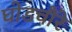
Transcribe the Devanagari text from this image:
घोडचौरे